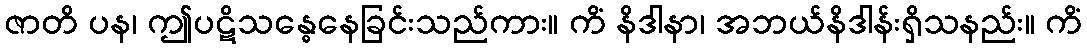
ဇာတိ ပန၊ ဤပဋိသန္ဓေနေခြင်းသည်ကား။ ကိံ နိဒါနာ၊ အဘယ်နိဒါန်းရှိသနည်း။ ကိံ